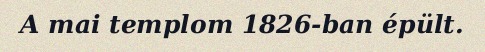
A mai templom 1826-ban épült.